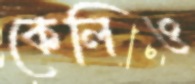
কেলিও